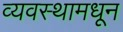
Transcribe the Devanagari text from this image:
व्यवस्थामधून